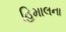
હિમાલના